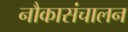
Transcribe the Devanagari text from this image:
नौकासंचालन